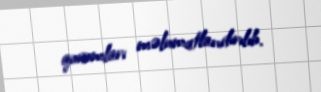
qurumları məlumatlandırılıb.